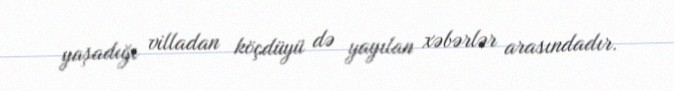
yaşadığı villadan köçdüyü də yayılan xəbərlər arasındadır.